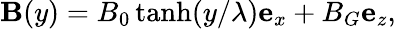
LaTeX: {\mathbf B}(y)=B_{0}\operatorname{tanh}(y/\lambda){\mathbf e_{x}}+B_{G}{\mathbf e_{z}},